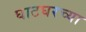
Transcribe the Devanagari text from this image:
घाटघरच्या